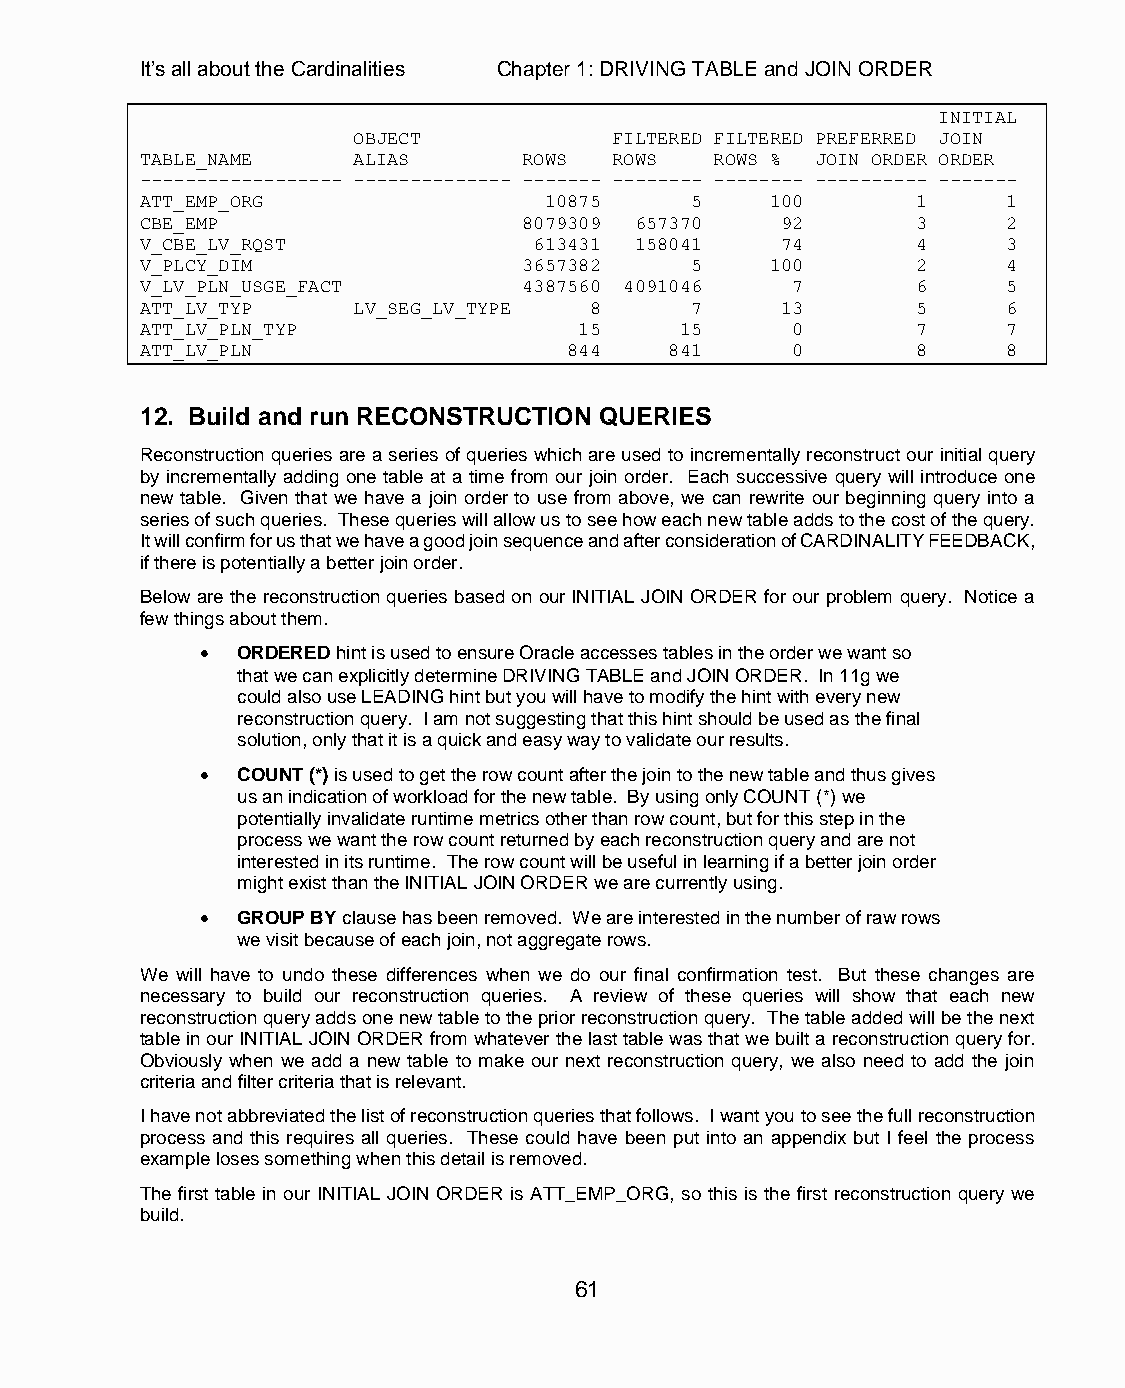
It’s all about the Cardinalities Chapter 1: DRIVING TABLE and JOIN ORDER
 INITIAL
 OBJECT            FILTERED FILTERED PREFERRED JOIN
 TABLE_NAME    ALIAS       ROWS  ROWS  ROWS % JOIN ORDER ORDER
 ------------------ -------------- ------- -------- -------- ---------- -------
 ATT_EMP_ORG                10875     5    100       1     1
 CBE_EMP                   8079309 657370   92       3     2
 V_CBE_LV_RQST             613431 158041    74       4     3
 V_PLCY_DIM                3657382    5    100       2     4
 V_LV_PLN_USGE_FACT        4387560 4091046  7        6     5
 ATT_LV_TYP    LV_SEG_LV_TYPE  8      7     13       5     6
 ATT_LV_PLN_TYP               15     15     0        7     7
 ATT_LV_PLN                   844   841     0        8     8
 12. Build and run RECONSTRUCTION QUERIES
 Reconstruction queries are a series of queries which are used to incrementally reconstruct our initial query
 by incrementally adding one table at a time from our join order. Each successive query will introduce one
 new table. Given that we have a join order to use from above, we can rewrite our beginning query into a
 series of such queries. These queries will allow us to see how each new table adds to the cost of the query.
 It will confirm for us that we have a good join sequence and after consideration of CARDINALITY FEEDBACK,
 if there is potentially a better join order.
 Below are the reconstruction queries based on our INITIAL JOIN ORDER for our problem query. Notice a
 few things about them.
   ORDERED hint is used to ensure Oracle accesses tables in the order we want so
 that we can explicitly determine DRIVING TABLE and JOIN ORDER. In 11g we
 could also use LEADING hint but you will have to modify the hint with every new
 reconstruction query. I am not suggesting that this hint should be used as the final
 solution, only that it is a quick and easy way to validate our results.
   COUNT (*) is used to get the row count after the join to the new table and thus gives
 us an indication of workload for the new table. By using only COUNT (*) we
 potentially invalidate runtime metrics other than row count, but for this step in the
 process we want the row count returned by each reconstruction query and are not
 interested in its runtime. The row count will be useful in learning if a better join order
 might exist than the INITIAL JOIN ORDER we are currently using.
   GROUP BY clause has been removed. We are interested in the number of raw rows
 we visit because of each join, not aggregate rows.
 We will have to undo these differences when we do our final confirmation test. But these changes are
 necessary to build our reconstruction queries. A review of these queries will show that each new
 reconstruction query adds one new table to the prior reconstruction query. The table added will be the next
 table in our INITIAL JOIN ORDER from whatever the last table was that we built a reconstruction query for.
 Obviously when we add a new table to make our next reconstruction query, we also need to add the join
 criteria and filter criteria that is relevant.
 I have not abbreviated the list of reconstruction queries that follows. I want you to see the full reconstruction
 process and this requires all queries. These could have been put into an appendix but I feel the process
 example loses something when this detail is removed.
 The first table in our INITIAL JOIN ORDER is ATT_EMP_ORG, so this is the first reconstruction query we
 build.
 61